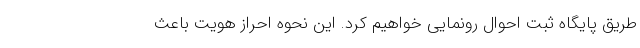
طریق پایگاه ثبت احوال رونمایی خواهیم کرد. این نحوه احراز هویت باعث